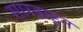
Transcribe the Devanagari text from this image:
सारडाइन